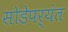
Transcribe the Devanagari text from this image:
सोडेपर्यंत